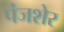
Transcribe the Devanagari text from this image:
पंजशेर